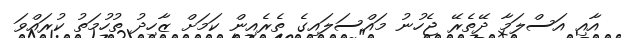
އާއި އަސްލަމާ ދޭތެރޭ ޖެހުނު މައްސަލައިގެ ތެރެއިން ކަމަށް ޒާހިދު ތުހުމަތު ކުރައްވަ